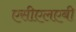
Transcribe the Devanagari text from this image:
एसीएलएबी